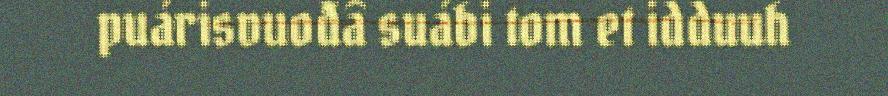
puárisvuođâ suábi tom et idduuh